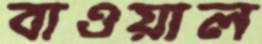
বাওয়াল